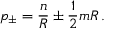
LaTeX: p _ { \pm } = \displaystyle \frac { n } { R } \pm \displaystyle \frac { 1 } { 2 } m R \, .